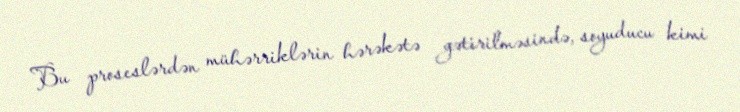
Bu proseslərdən mühərriklərin hərəkətə gətirilməsində, soyuducu kimi